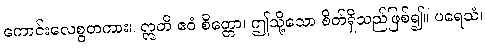
ကောင်းလေစွတကား။ ဣတိ ဧဝံ စိတ္တော၊ ဤသို့သော စိတ်ရှိသည်ဖြစ်၍။ ပရေသံ၊